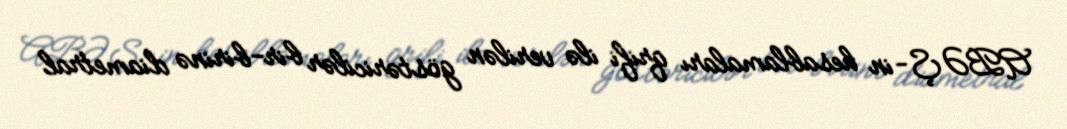
ABƏŞ-in hesablamaları qrifi ilə verilən göstəricilər bir-birinə diametral